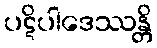
ပဋိပါဒေဿန္တိ